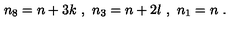
n _ { 8 } = n + 3 k \ , \ n _ { 3 } = n + 2 l \ , \ n _ { 1 } = n \ .